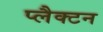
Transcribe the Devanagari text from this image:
प्लैक्टन